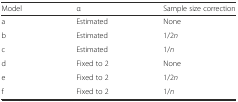
<table><thead><tr><td><b>Model</b></td><td><b>α</b></td><td><b>Sample size correction</b></td></tr></thead><tbody><tr><td>a</td><td>Estimated</td><td>None</td></tr><tr><td>b</td><td>Estimated</td><td>1/2<i>n</i></td></tr><tr><td>c</td><td>Estimated</td><td>1/<i>n</i></td></tr><tr><td>d</td><td>Fixed to 2</td><td>None</td></tr><tr><td>e</td><td>Fixed to 2</td><td>1/2<i>n</i></td></tr><tr><td>f</td><td>Fixed to 2</td><td>1/<i>n</i></td></tr></tbody></table>